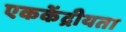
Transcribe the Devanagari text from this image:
एककेंद्रीयता